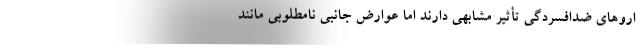
اروهای ضدافسردگی تأثیر مشابهی دارند اما عوارض جانبی نامطلوبی مانند